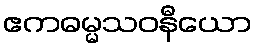
ဧကဓမ္မသဝနီယော